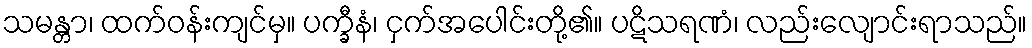
သမန္တာ၊ ထက်ဝန်းကျင်မှ။ ပက္ခီနံ၊ ငှက်အပေါင်းတို့၏။ ပဋိသရဏံ၊ လည်းလျောင်းရာသည်။